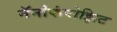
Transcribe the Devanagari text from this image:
नॅनोकंपोझिट